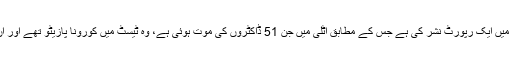
سی این این نے اس سلسلے میں ایک رپورٹ نشر کی ہے جس کے مطابق اٹلی میں جن 51 ڈاکٹروں کی موت ہوئی ہے، وہ ٹیسٹ میں کورونا پازیٹو تھے اور ان کا علاج بھی چل رہا تھا۔